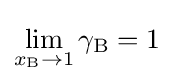
\lim _{x_{\mathrm {B} }\to 1}\gamma _{\mathrm {B} }=1\;